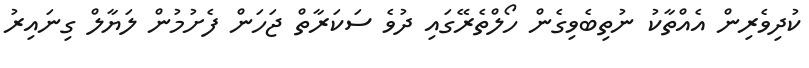
ކުދިވެރިން އެއްތާކު ނުތިބެވިގެން ހޯލްތެރޭގައި ދުވެ ސަކަރާތް ޖަހަން ފެށުމުން ލަޔާލް ގިނައިރު